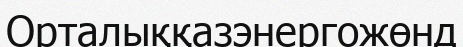
Орталыққазэнергожөнд